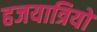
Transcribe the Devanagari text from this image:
हजयात्रियों